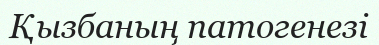
Қызбаның патогенезі